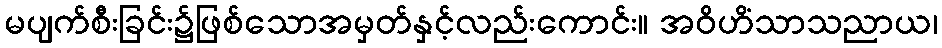
မပျက်စီးခြင်း၌ဖြစ်သောအမှတ်နှင့်လည်းကောင်း။ အဝိဟိံသာသညာယ၊